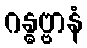
ဂန္ဓဗ္ဗာနံ